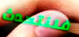
فلنتحدث